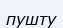
пушту